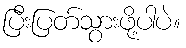
ပြီးပြတ်သွားဖို့ပါပဲ။